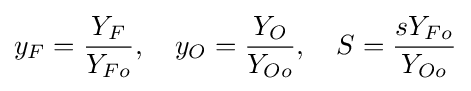
y_{F}={\frac {Y_{F}}{Y_{Fo}}},\quad y_{O}={\frac {Y_{O}}{Y_{Oo}}},\quad S={\frac {sY_{Fo}}{Y_{Oo}}}